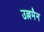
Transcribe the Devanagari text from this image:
उल्लमैन